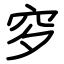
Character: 穸